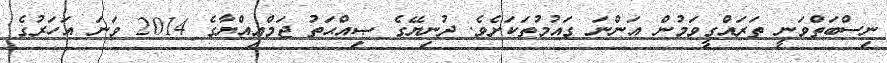
ނިސްބަތްވަނީ ތަރައްގީވަމުން އަންނަ ގައުމުތަކަށެވެ. ދުނިޔޭގެ ޞިއްޙަތު ޖަމްޢިއްޔާގެ 2014 ވަނަ އަހަރުގެ